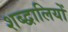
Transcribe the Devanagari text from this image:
शब्द्वालियों